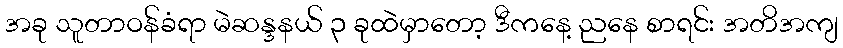
အခု သူတာဝန်ခံရာ မဲဆန္ဒနယ် ၃ ခုထဲမှာတော့ ဒီကနေ့ ညနေ စာရင်း အတိအကျ